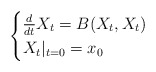
\begin{align*} \begin{cases}\frac{d}{dt} X_t = B(X_t,X_t) \\ X_t|_{t=0} = x_0\end{cases}\end{align*}